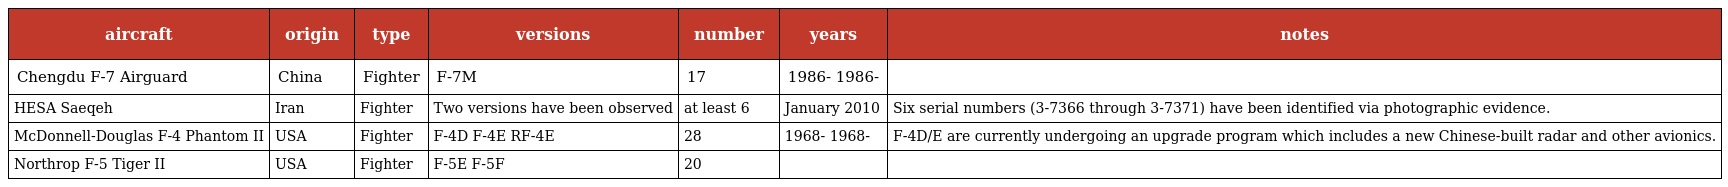
| aircraft | origin | type | versions | number | years | notes |
 | --- | --- | --- | --- | --- | --- | --- |
 | Chengdu F-7 Airguard | China | Fighter | F-7M | 17 | 1986- 1986- |  |
 | HESA Saeqeh | Iran | Fighter | Two versions have been observed | at least 6 | January 2010 | Six serial numbers (3-7366 through 3-7371) have been identified via photographic evidence. |
 | McDonnell-Douglas F-4 Phantom II | USA | Fighter | F-4D F-4E RF-4E | 28 | 1968- 1968- | F-4D/E are currently undergoing an upgrade program which includes a new Chinese-built radar and other avionics. |
 | Northrop F-5 Tiger II | USA | Fighter | F-5E F-5F | 20 |  |  |